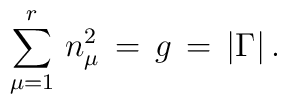
\sum_{\mu =1}^{r} \, n_\mu^2 \, = \, g \, = \, | \Gamma | \, .